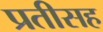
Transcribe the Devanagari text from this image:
प्रतीसह